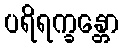
ပရိရက္ခန္တော